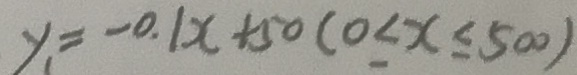
y _ { 1 } = - 0 . 1 x + 5 0 ( 0 < x \leq 5 0 0 )